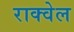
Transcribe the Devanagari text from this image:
राक्वेल